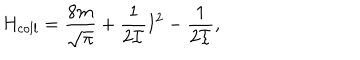
H _ { c o l l } = \frac { 8 m } { \sqrt { \pi } } + \frac { 1 } { 2 { \cal I } } { \bf I } ^ { 2 } - \frac { 1 } { 2 { \cal I } } ,